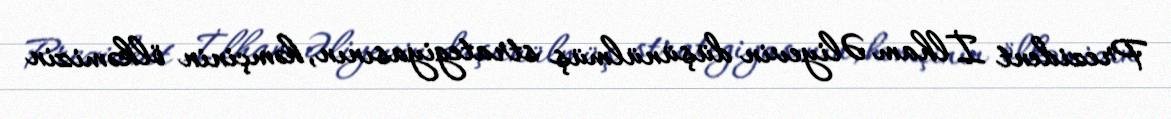
Prezident İlham Əliyevin düşünülmüş strategiyasının, həmçinin ölkəmizin